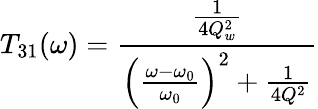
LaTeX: T_{31}(\omega)=\frac{\frac{1}{4Q_{w}^{2}}}{\left(\frac{\omega-\omega_{0}}{\omega_{0}}\right)^{2}+\frac{1}{4Q^{2}}}